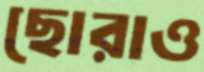
ছোরাও